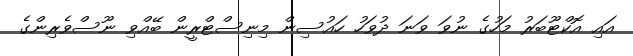
އައި އޮކްޓޫބަރު މަހުގެ ނުވަ ވަނަ ދުވަހު ހައުސިން މިނިސްޓްރީން ބޭއްވި ނޫސްވެރިންގެ